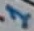
Text: 1